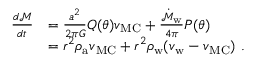
\begin{array} { r l } { \frac { d \mathcal { M } } { d t } } & { = \frac { a ^ { 2 } } { 2 \pi G } Q ( \theta ) v _ { \mathrm { M C } } + \frac { \dot { \mathcal { M } } _ { \mathrm { w } } } { 4 \pi } P ( \theta ) } \\ & { = r ^ { 2 } \rho _ { \mathrm { a } } v _ { \mathrm { M C } } + r ^ { 2 } \rho _ { \mathrm { w } } ( v _ { \mathrm { w } } - v _ { \mathrm { M C } } ) \ . } \end{array}